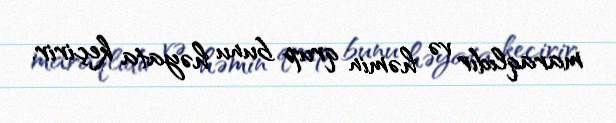
maraqlıdır və həmin qrup bunu həyata keçirir.